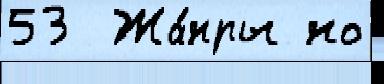
53  Жа́нры но